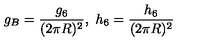
g _ { B } = \frac { g _ { 6 } } { ( 2 \pi R ) ^ { 2 } } , \ h _ { 6 } = \frac { h _ { 6 } } { ( 2 \pi R ) ^ { 2 } }